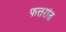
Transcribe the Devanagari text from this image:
फत्तरांत